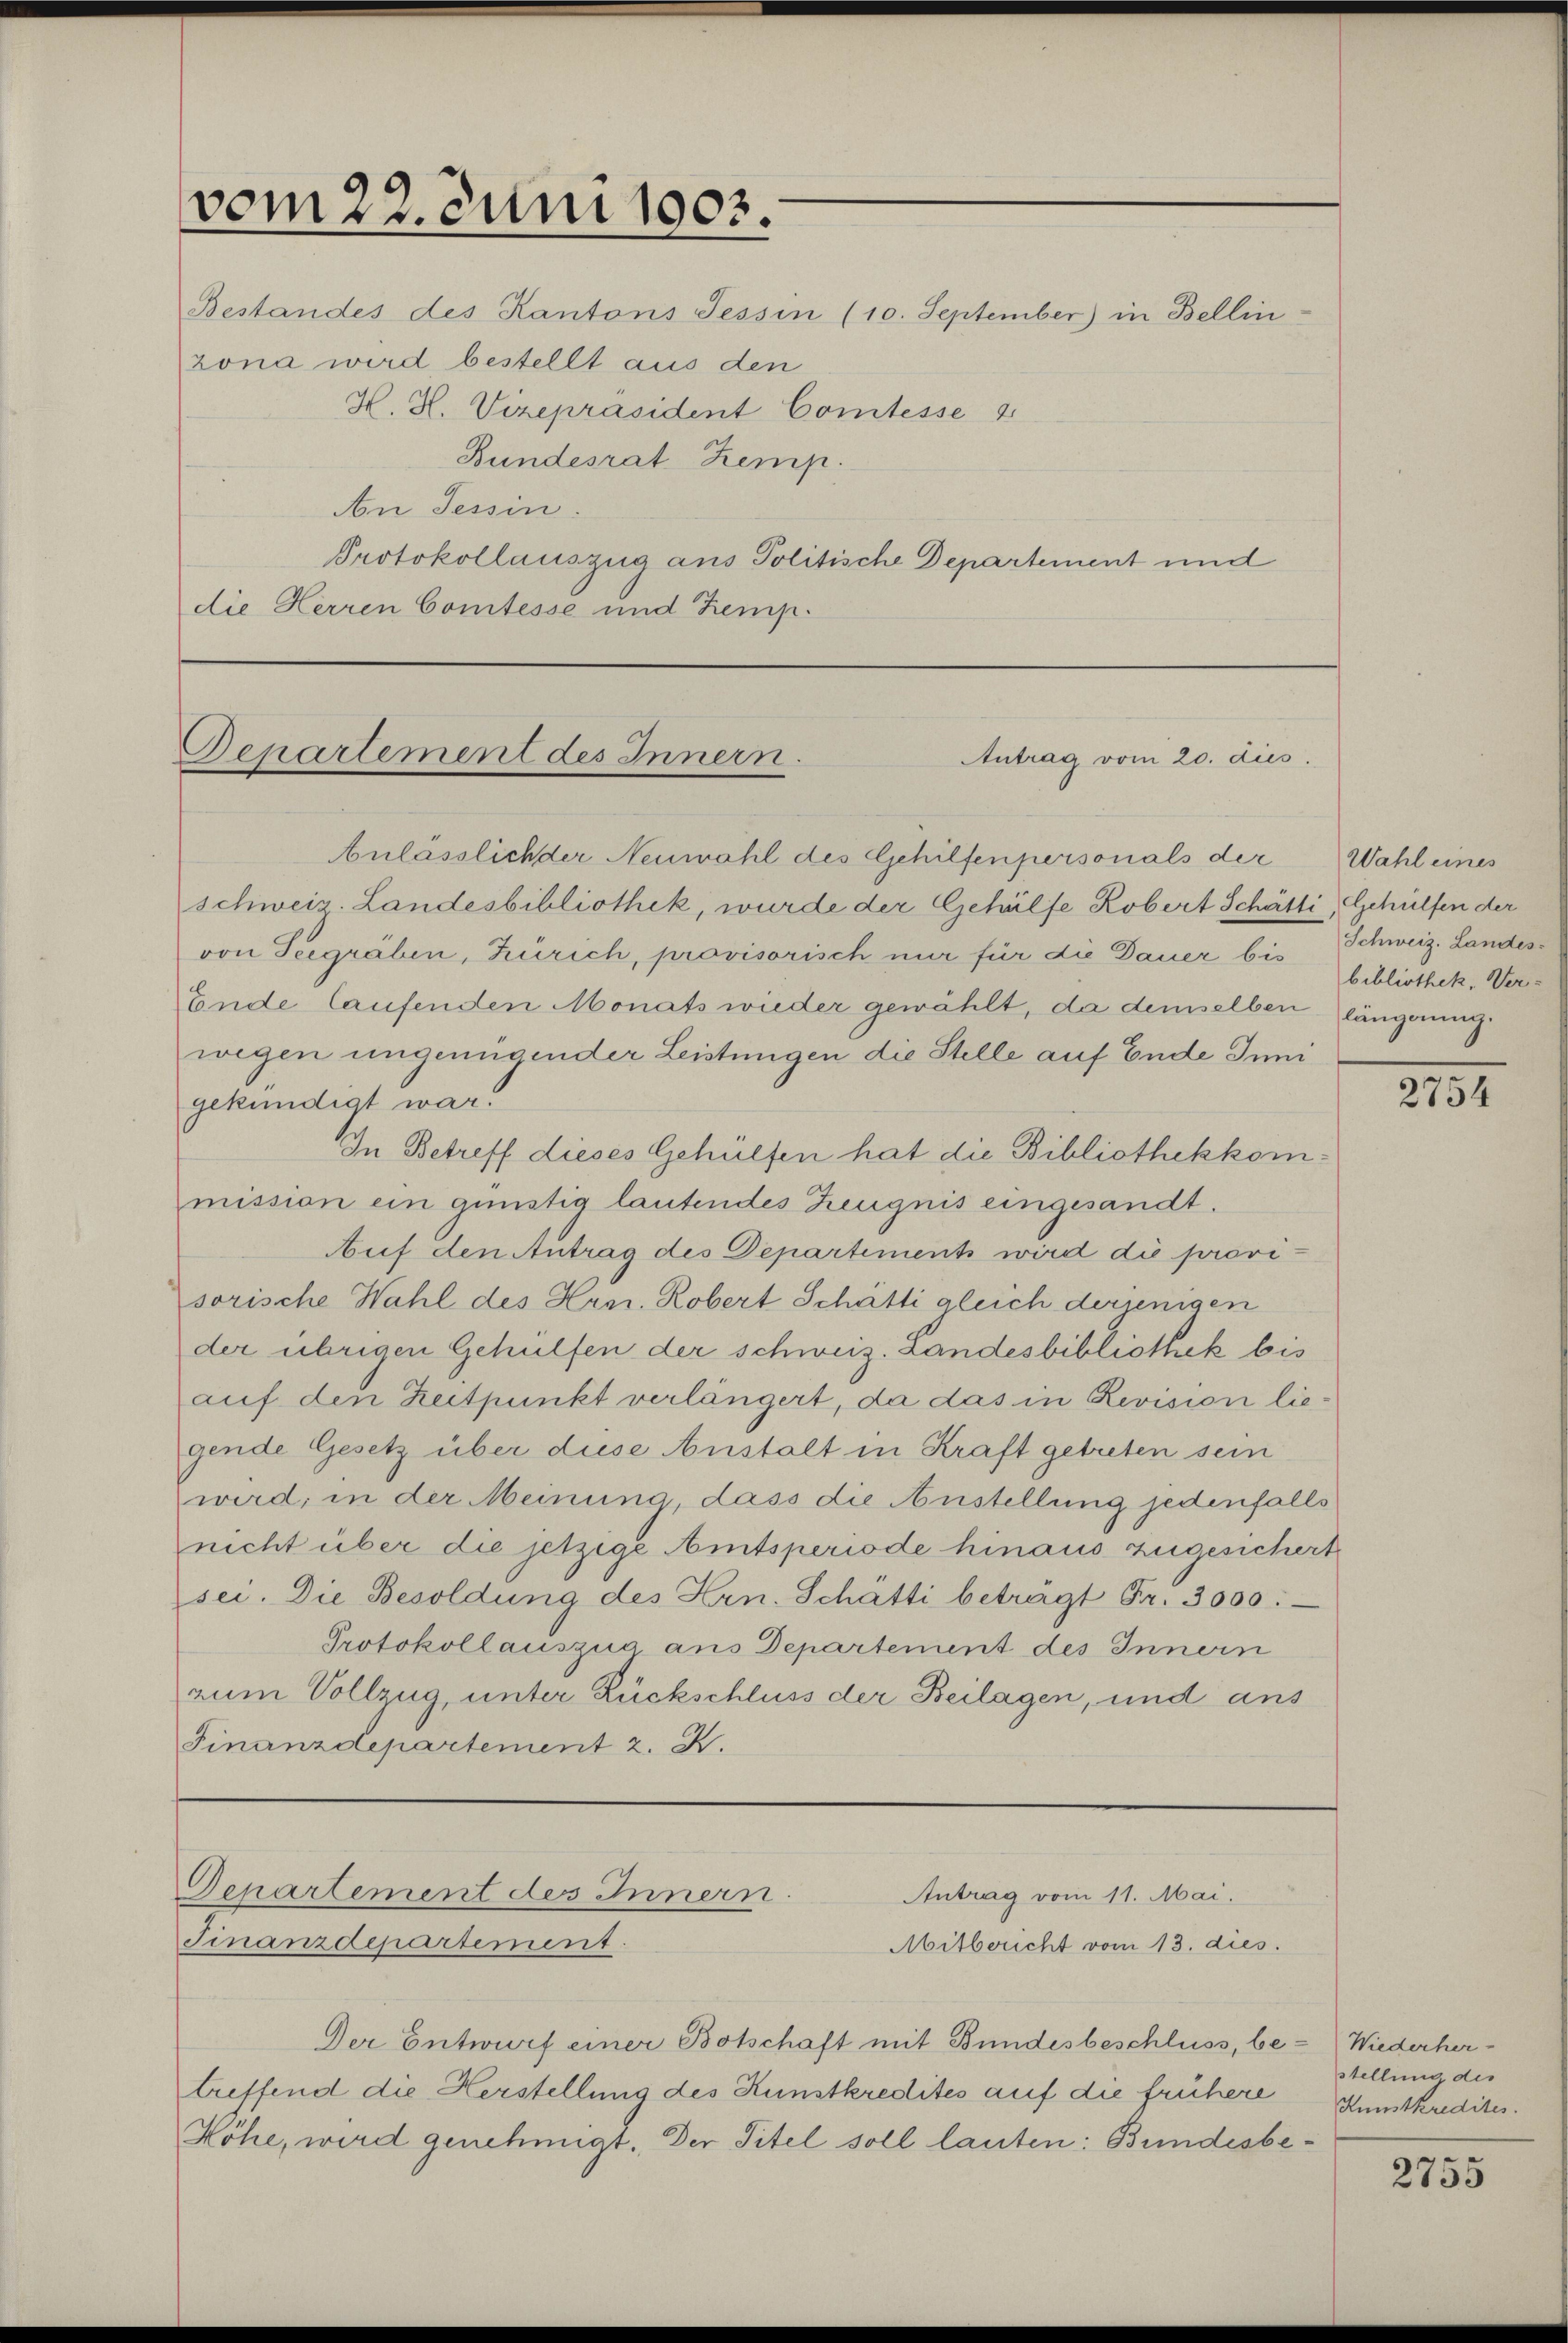
zona wird bestellt aus den
H. H. Vizepräsident Comtesse 2
Bundesrat Zemp.
An Tessin.
Protokollauszug aus Politische Departement und
die Herren Comtesse und Kemp.

vom 22. Juni 1803.

Bestandes des Kantons Tessin (10. September) in Bellin:

Departement des Innern.
Antrag vom 20. dies

Anlässlich der Neuwahl des Gehilfenpersonals der Wahl eines
schweiz. Landesbibliothek, wurde der Gehülfe Robert Schätti, Gehülfen der
von Seegräben, Zürich, provisorisch nur für die Dauer bis Schweiz. Landes¬
Ende laufenden Monats wieder gewählt, da demselben längerung
wegen ungenügender Leistungen die Stelle auf Ende Inni
gekündigt war.
In Betreff dieses Gehülfen hat die Bibliothekkommission ein günstig lautendes Zeugnis eingesandt.
Auf den Antrag des Departements wird die provisorische Wahl des Hrn. Robert Schätti gleich derjenigen
der übrigen Gehülfen der schweiz. Landesbibliothek bis
auf den Zeitpunkt verlängert, da das in Revision liegende Gesetz über diese Anstalt in Kraft getreten sein
wird, in der Meinung, dass die Austellung jedenfalls
nicht über die jetzige Amtsperiode hinaus zugesichert
sei. Die Besoldung des Hrn. Schätti beträgt Fr. 3000.
Protokollauszug aus Departement des Innern
zum Vollzug, unter Rückschluss der Beilagen, und ans
Finanzdepartement z. B.

Departement des Innern.
Antrag vom 11. Mai.
Finanzdepartement.
Mitbericht vom 13. dies

Der Entwurf einer Botschaft mit Bundesbeschluss, be- Wiederher-
treffend die Herstellung des Kunstkredites auf die frühere
Höhe, wird genehmigt. Der Titel soll lauten: Bundesbe¬

bibliothek, Ver-

2131

stellung des
Kunstkredites.

2755